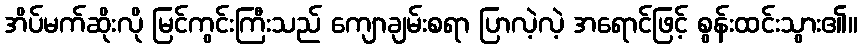
အိပ်မက်ဆိုးလို မြင်ကွင်းကြီးသည် ကျောချမ်းစရာ ပြာလဲ့လဲ့ အရောင်ဖြင့် စွန်းထင်းသွား၏။